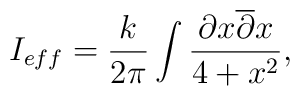
I_{eff} = \frac {k}{2\pi} \int \frac {\partial x \overline {\partial } x}{4+x^2},